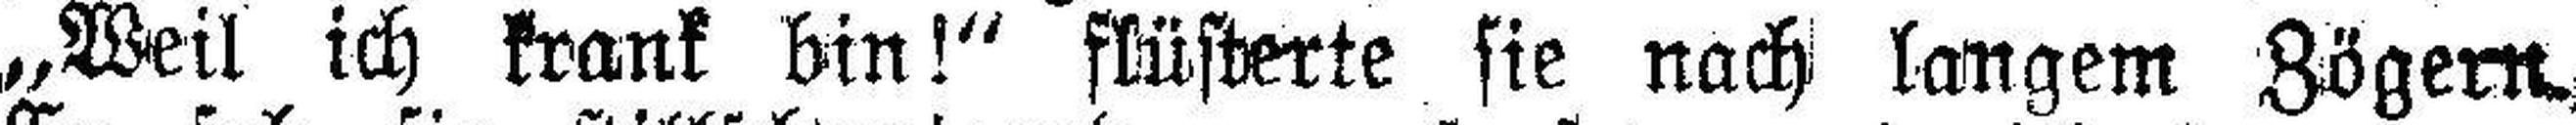
„Weil ich krank bin!“ flüsterte sie nach langem Zögern.